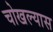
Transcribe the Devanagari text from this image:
चोखल्यास